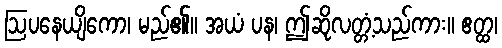
ဩပနေယျိကော၊ မည်၏။ အယံ ပန၊ ဤဆိုလတ္တံ့သည်ကား။ ဧတ္ထ၊